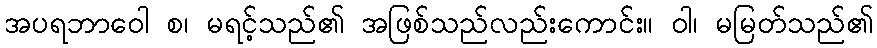
အပရဘာဝေါ စ၊ မရင့်သည်၏ အဖြစ်သည်လည်းကောင်း။ ဝါ၊ မမြတ်သည်၏